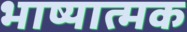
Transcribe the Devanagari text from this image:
भाष्यात्मक